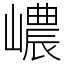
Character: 嶩